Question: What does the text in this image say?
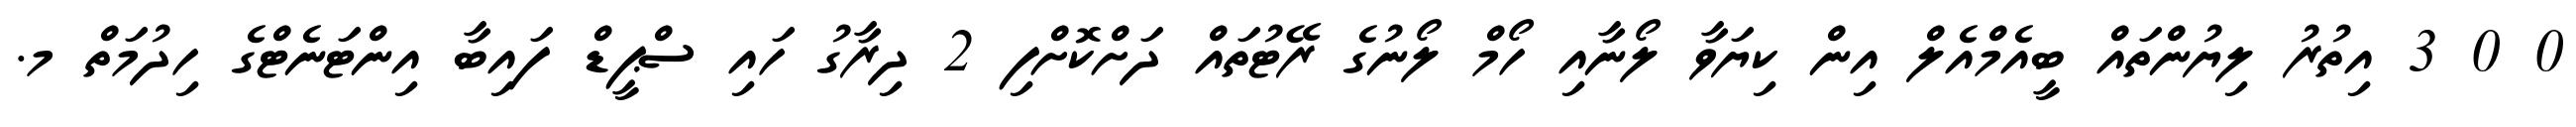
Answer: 0 0 3 އިތުރު ލިޔުންތައް ބީއެމްއެލް އިން ކިޔަވާ ލޯނާއި ހޯމް ލޯނުގެ ރޭޓުތައް ދަށްކޮށްފި 2 ދިރާގު ހައި ސްޕީޑް ފައިބާ އިންޓަނެޓްގެ ހިދުމަތް މ.